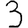
Digit: 3